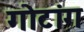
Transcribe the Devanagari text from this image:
गोटांग